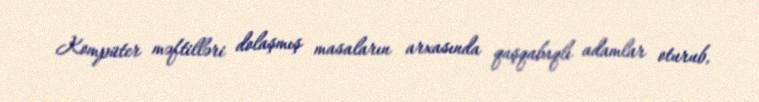
Kompüter məftilləri dolaşmış masaların arxasında qaşqabaqlı adamlar oturub,